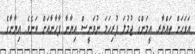
އަވަހަށް ތައްޔާރ. އީމަންގެ ޖުމުލަ ފުރިހަމަ ނުވަނީސް އިޔާނާ ފާހާނާއަށް ވަނެވެ. އިޔާނާގެ